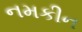
નમકીન